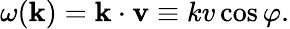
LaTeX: \omega(\textbf{k})=\textbf{k}\cdot\textbf{v}\equiv kv\cos\varphi.